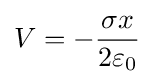
V=-{\frac {\sigma x}{2\varepsilon _{0}}}